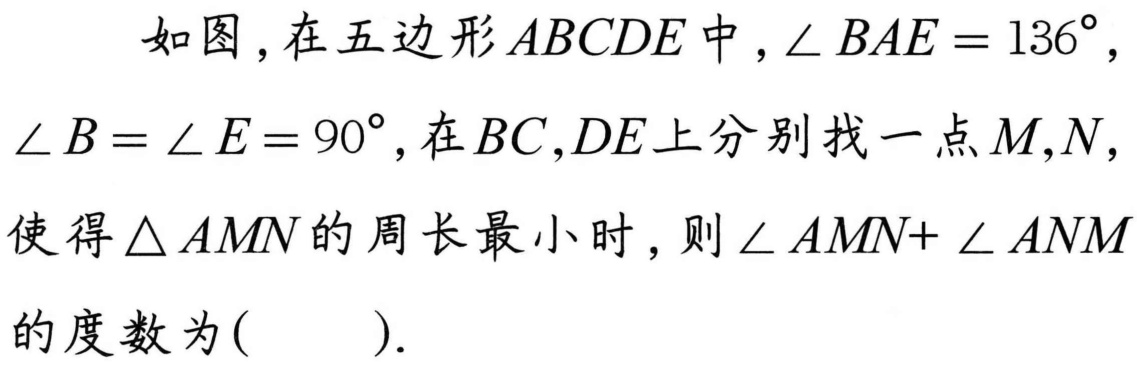
如图，在五边形\(ABCDE\)中，\(\angle BAE = 136^{\circ}\)，\(\angle B=\angle E = 90^{\circ}\)，在\(BC,DE\)上分别找一点\(M,N\)，使得\(\triangle AMN\)的周长最小时，则\(\angle AMN+ \angle ANM\)的度数为( ).